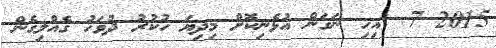
2015 7  އިހި ނަގަން އުޅެނިކޮށް މިދިޔަ ހުކުރު ދުވަހު ގެއްލިގެން